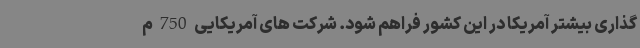
گذاری بیشتر آمریکا در این کشور فراهم شود. شرکت های آمریکایی 750 م